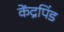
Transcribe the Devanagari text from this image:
केंद्रपिंड